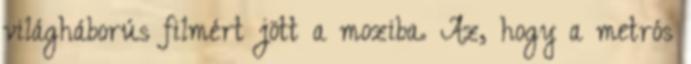
világháborús filmért jött a moziba. Az, hogy a metrós